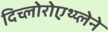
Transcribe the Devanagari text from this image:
दिच्लोरोएथ्य्लेने